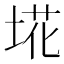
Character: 埖